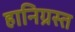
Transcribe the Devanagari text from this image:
हानिग्रस्त